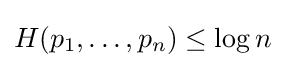
H(p_{1},\ldots ,p_{n})\leq \log n